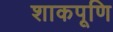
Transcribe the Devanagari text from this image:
शाकपूणि